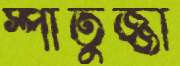
স্পাতুজ্জা